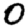
Digit: 0